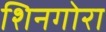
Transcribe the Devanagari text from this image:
शिनगोरा